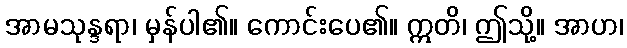
အာမသုန္ဒရာ၊ မှန်ပါ၏။ ကောင်းပေ၏။ ဣတိ၊ ဤသို့။ အာဟ၊